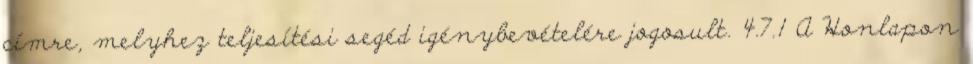
címre, melyhez teljesítési segéd igénybevételére jogosult. 4.7.1 A Honlapon